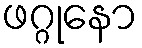
ဖဂ္ဂုနော